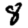
Digit: 8